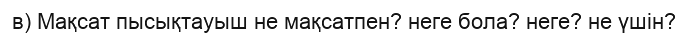
в) Мақсат пысықтауыш не мақсатпен? неге бола? неге? не үшін?